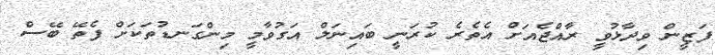
ފަޒީން ވިދާޅުވީ ރާއްޖެއަށް އެތެރެ ކުރަނީ ބައިނަލް އަގުވާމީ މިންގަނޑުތަކަށް ފެތޭ ބޭސް